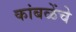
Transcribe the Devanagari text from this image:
कांबळेंचे